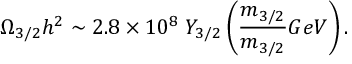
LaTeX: \Omega _ { 3 / 2 } h ^ { 2 } \sim 2 . 8 \times 1 0 ^ { 8 } \; Y _ { 3 / 2 } \left( \frac { m _ { 3 / 2 } } { m _ { 3 / 2 } } { G e V } \right) .